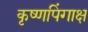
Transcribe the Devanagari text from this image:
कृष्णपिंगाक्ष